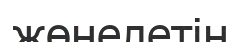
жөнелетін